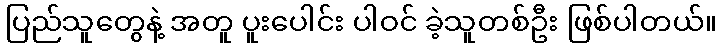
ပြည်သူတွေနဲ့ အတူ ပူးပေါင်း ပါဝင် ခဲ့သူတစ်ဦး ဖြစ်ပါတယ်။